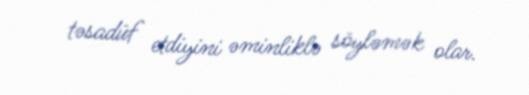
təsadüf etdiyini əminliklə söyləmək olar.